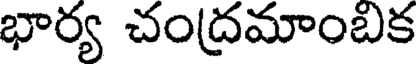
భార్య చంద్రమాంబిక